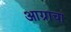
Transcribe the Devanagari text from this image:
आग्राचा